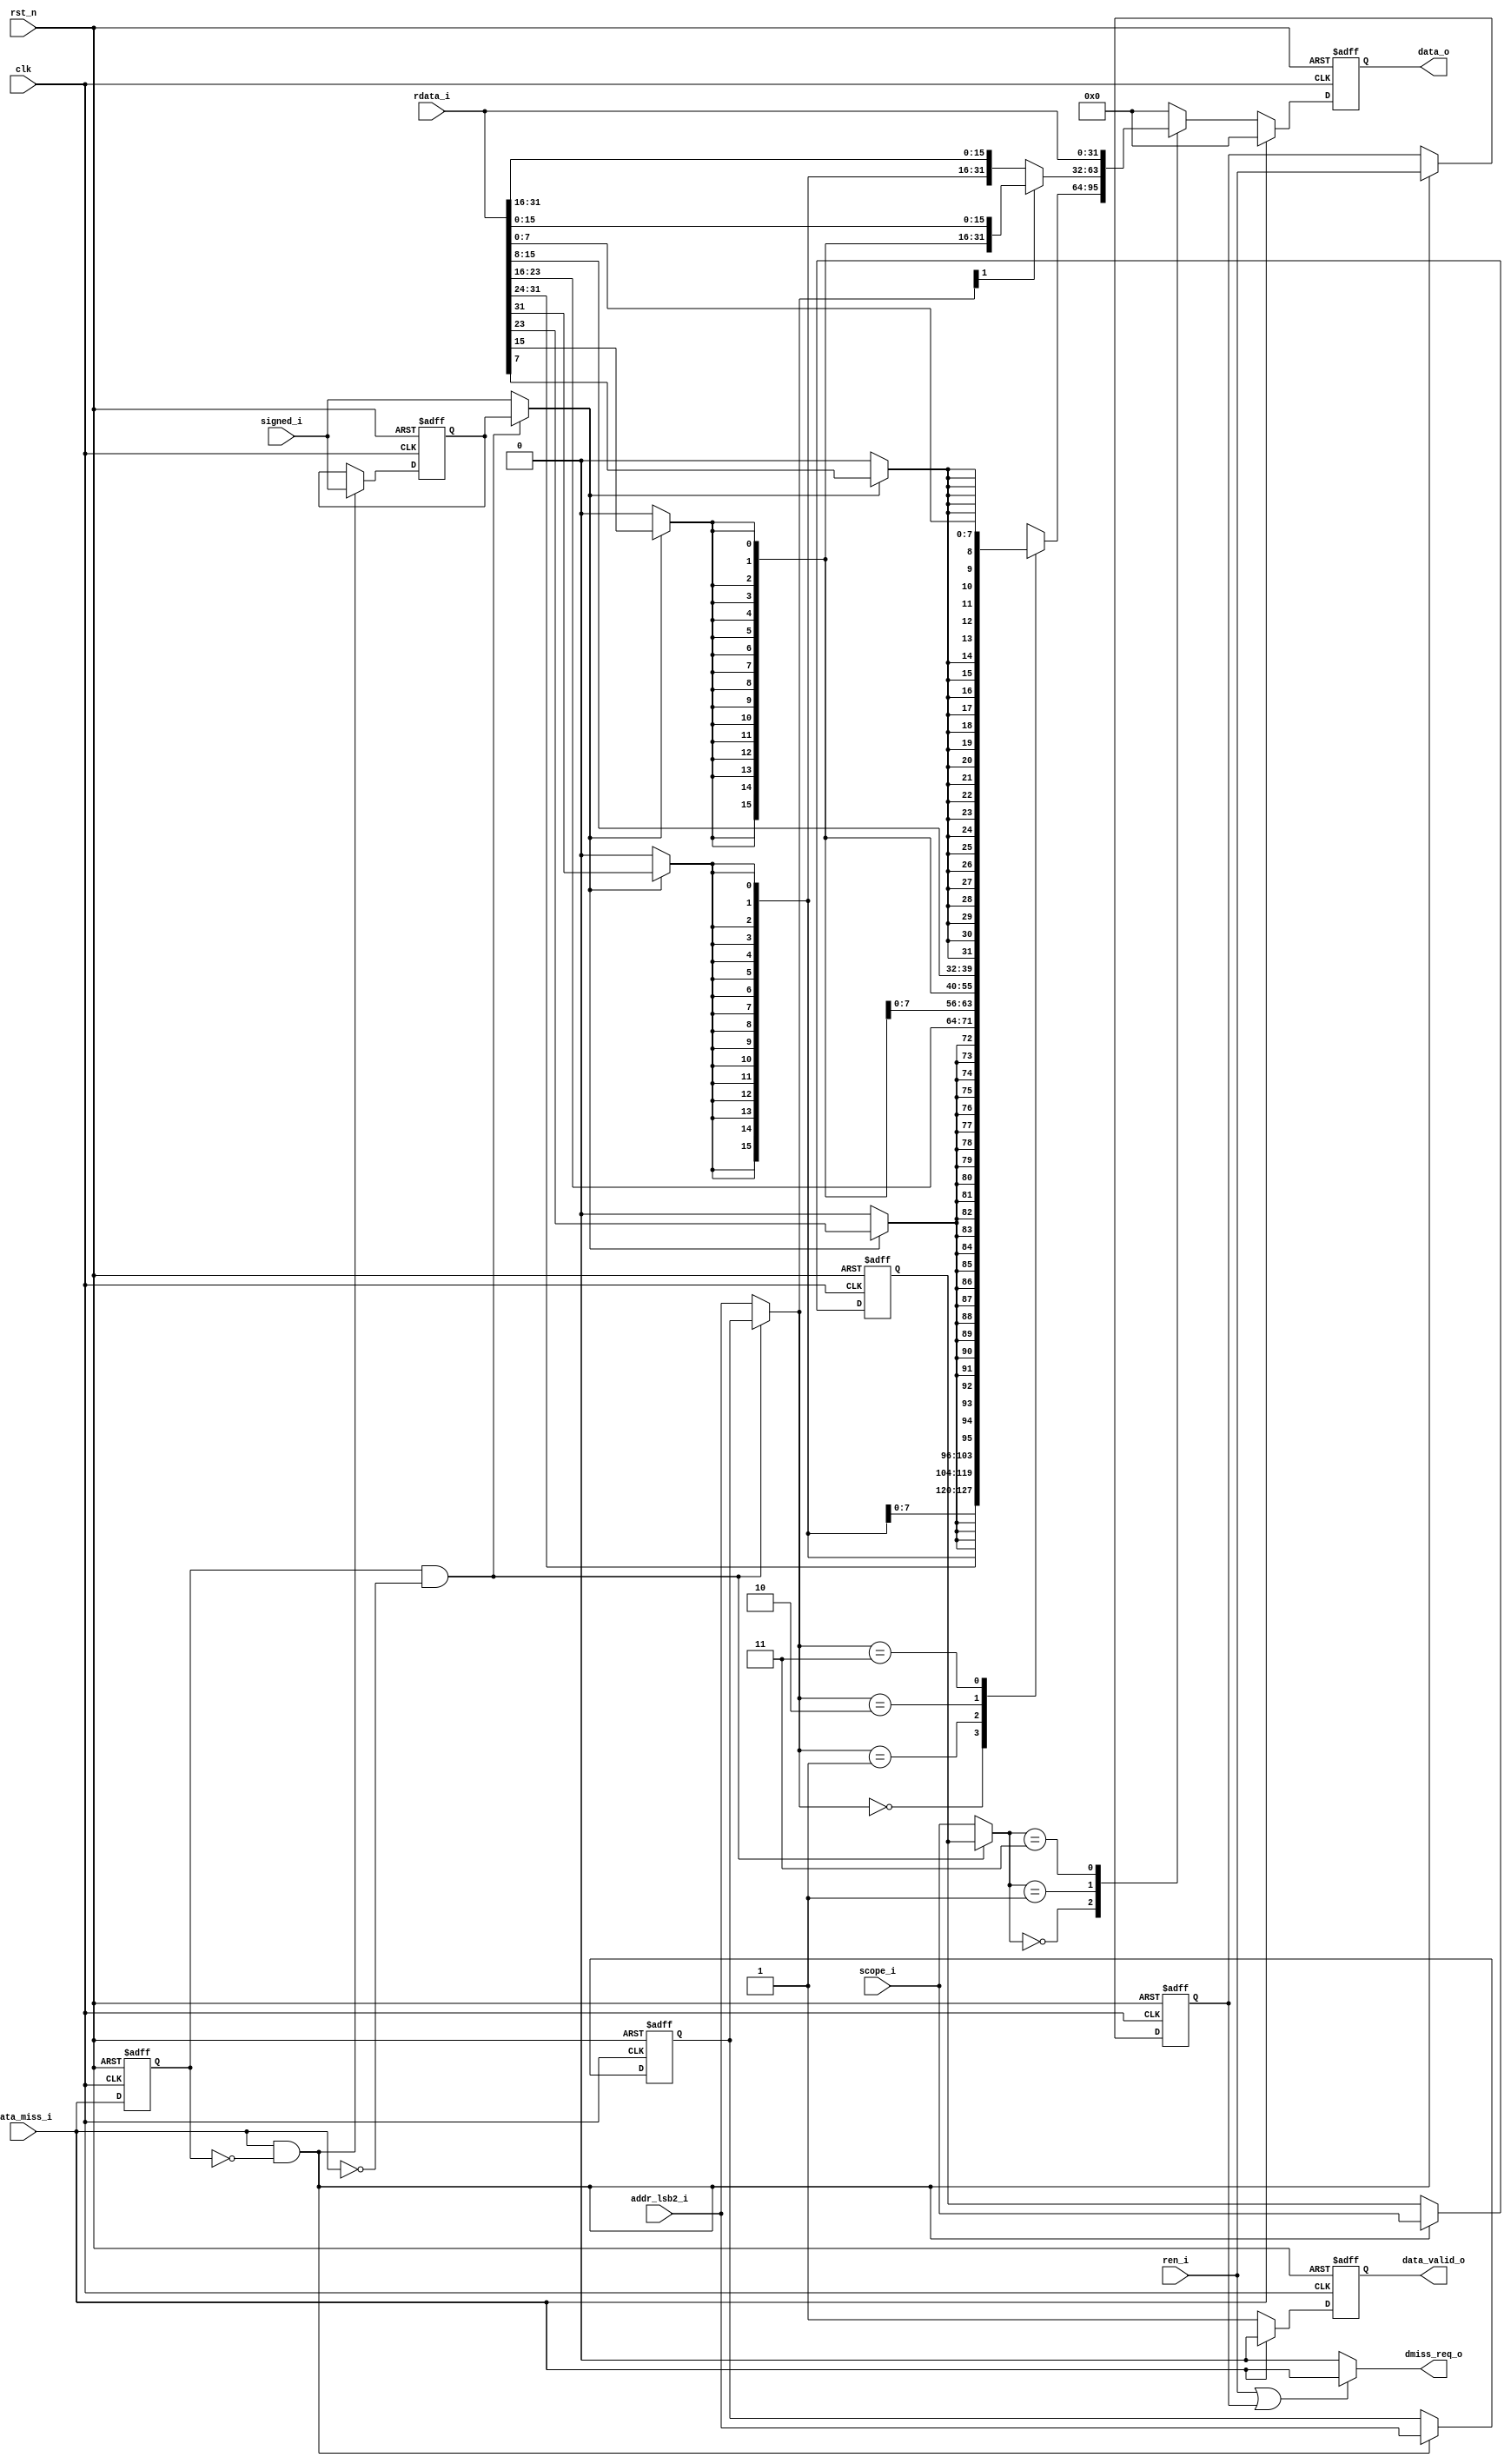
module memacc_rx(
   input                clk            ,
   input                rst_n          ,
   input                ren_i          ,  // I'm reading the mem
   input    [1:0]       scope_i        ,  // are you reading word, half word, or byte?
   input                signed_i       ,  
   input    [1:0]       addr_lsb2_i    ,  // least 2 bits of the address
   // from mem / cache
   input    [31:0]      rdata_i        ,
   input                data_miss_i    ,  // miss but can retrive later
   //input                illegal_acc_i  ,  // illegal access, future
   // to wb
   output reg [31:0]    data_o         ,
   output reg           data_valid_o   ,
   // need make clear if it's a data miss or illegal access
   output reg           dmiss_req_o//,
   //output               dacc_illegal_o    // illegal access, future
   );
   
//   reg signbit_r;
//   always @(*) begin
//      case (scope_i) 
//         2'b00 :
//            case (addr_lsb2_i)
//               2'b00 :  
//                  signbit_r <= signed_i ? rdata_i[31] : 1'b0;
//               2'b01 :
//                  signbit_r <= signed_i ? rdata_i[23] : 1'b0;
//               2'b10 :
//                  signbit_r <= signed_i ? rdata_i[15] : 1'b0;
//               2'b11 :
//                  signbit_r <= signed_i ? rdata_i[7] : 1'b0;
//            endcase
//         2'b01 :
//            if (addr_lsb2_i[1])
//               signbit_r <= signed_i ? rdata_i[15] : 1'b0;
//            else
//               signbit_r <= signed_i ? rdata_i[31] : 1'b0;
//         default :
//            signbit_r <= 1'b0;
//      endcase
//   end
   
   always @(posedge clk or negedge rst_n) begin
   end
   
   // attn: when the data miss detected, the memexe is not on this mem load instruction in trouble,
   // instead, it's already working on next instruction. memexe is one cycle earlier than memory/cache itself!
   
   reg   data_miss_ir1;
   always @(posedge clk or negedge rst_n) begin
      if (!rst_n) begin
         data_miss_ir1 <= 1'b0;
      end
      else begin
         data_miss_ir1 <= data_miss_i;
      end
   end      
   // remember input from memexe if it result in a cache miss
   reg         ren_ir      ;
   reg   [1:0] scope_ir    ;
   reg         signed_ir   ;
   reg   [1:0] addr_lsb2_ir;
   always @(posedge clk or negedge rst_n) begin
      if (!rst_n) begin
         ren_ir         <= 1'b0;
         scope_ir       <= 2'b0;
         signed_ir      <= 1'b0;
         addr_lsb2_ir   <= 2'b0;
      end
      else if (data_miss_i & (~data_miss_ir1)) begin // when the miss happens
         ren_ir         <= ren_i      ;
         scope_ir       <= scope_i    ;
         signed_ir      <= signed_i   ;
         addr_lsb2_ir   <= addr_lsb2_i;
      end
      // maybe don't care to forget it at all, just don't need use it except at the point of recovery
//      else if (data_miss_i & data_miss_ir1) begin // during the miss, keep the value once remembered
//      end
//      else if ((~data_miss_i) & data_miss_ir1) begin // until you see the miss disappear, forget them
//         ren_ir         <= 1'b0;
//         scope_ir       <= 2'b0;
//         signed_ir      <= 1'b0;
//         addr_lsb2_ir   <= 2'b0;
//      end
   end
   
   // signal the data miss request only if I do try to access it
   always @(*) begin
      if (ren_i | ren_ir) begin
         dmiss_req_o = data_miss_i;
      end
      else
         dmiss_req_o = 1'b0;
   end
   
   // once data miss happened, you should use remembered ren_ir,scope_ir... when it recover   
   wire  [1:0] scope_2use     ;
   wire        signed_2use    ;
   wire  [1:0] addr_lsb2_2use ;
   assign   scope_2use     =  (data_miss_ir1 & (~data_miss_i)) ? scope_ir : scope_i;
   assign   signed_2use    =  (data_miss_ir1 & (~data_miss_i)) ? signed_ir : signed_i;
   assign   addr_lsb2_2use =  (data_miss_ir1 & (~data_miss_i)) ? addr_lsb2_ir : addr_lsb2_i;

   always @(posedge clk or negedge rst_n) begin
      if (!rst_n) begin
         data_valid_o <= 1'b0;
         data_o <= 32'b0;
      end
      else if (data_miss_i) begin
         data_valid_o <= 1'b0;
         data_o <= 32'b0;
      end
      else begin
         data_valid_o <= 1'b1;
         case (scope_2use) // big endian
            2'b00 : 
               case (addr_lsb2_2use)
                  2'b00 :  begin
                     //data_o <= {{24{signbit_r}}, rdata_i[31:24]};
                     data_o <= {{24{signed_2use ? rdata_i[31] : 1'b0}}, rdata_i[31:24]};
                  end
                  2'b01 :
                     //data_o <= {{24{signbit_r}}, rdata_i[23:16]};
                     data_o <= {{24{signed_2use ? rdata_i[23] : 1'b0}}, rdata_i[23:16]};
                  2'b10 :
                     //data_o <= {{24{signbit_r}}, rdata_i[15:8]};
                     data_o <= {{24{signed_2use ? rdata_i[15] : 1'b0}}, rdata_i[15:8]};
                  2'b11 :
                     //data_o <= {{24{signbit_r}}, rdata_i[7:0]};
                     data_o <= {{24{signed_2use ? rdata_i[7] : 1'b0}}, rdata_i[7:0]};
               endcase
            2'b01 : 
               if (addr_lsb2_2use[1])
                  //data_o <= {{16{signbit_r}}, rdata_i[15:0]};                  
                  data_o <= {{16{signed_2use ? rdata_i[15] : 1'b0}}, rdata_i[15:0]};
               else
                  //data_o <= {{16{signbit_r}}, rdata_i[31:16]};
                  data_o <= {{16{signed_2use ? rdata_i[31] : 1'b0}}, rdata_i[31:16]};
            2'b11 : 
               data_o <= rdata_i;
            default : 
               data_o <= 32'b0; // won't happen
         endcase
      end
   end

endmodule